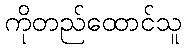
ကိုတည်ထောင်သူ